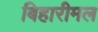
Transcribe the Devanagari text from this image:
बिहारीमल